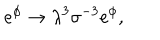
LaTeX: { e ^ { \phi } \rightarrow { \lambda } ^ { 3 } { \sigma } ^ { - 3 } e ^ { \phi } , }